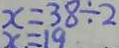
x = 3 8 \div 2